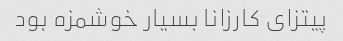
پیتزای کارزانا بسیار خوشمزه بود